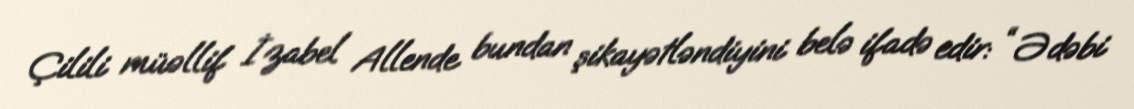
Çilili müəllif İzabel Allende bundan şikayətləndiyini belə ifadə edir: “ Ədəbi